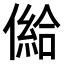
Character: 𠎨